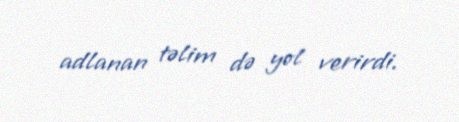
adlanan təlim də yol verirdi.